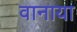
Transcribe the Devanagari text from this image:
वानाया